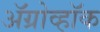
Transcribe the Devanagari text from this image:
ॲग्रोव्हॉक